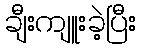
ချီးကျူးခဲ့ပြီး